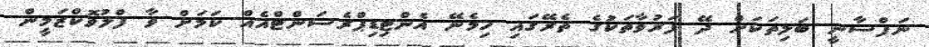
ނަފްސާނީ ބަލިތަކަށް ދޭ ފަރުވާތަކުގެ ތެރޭގައި ހިމެނޭ އެންޓިޑިޕްރެސަންޓްއެއް ކަމަށް ވާ ފްލުވޮކްޒަމީން